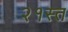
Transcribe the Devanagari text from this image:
२१स्त